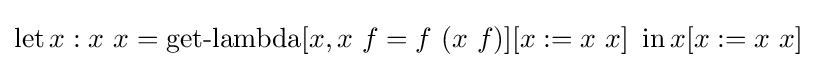
\operatorname {let} x:x\ x=\operatorname {get-lambda} [x,x\ f=f\ (x\ f)][x:=x\ x]\ \operatorname {in} x[x:=x\ x]